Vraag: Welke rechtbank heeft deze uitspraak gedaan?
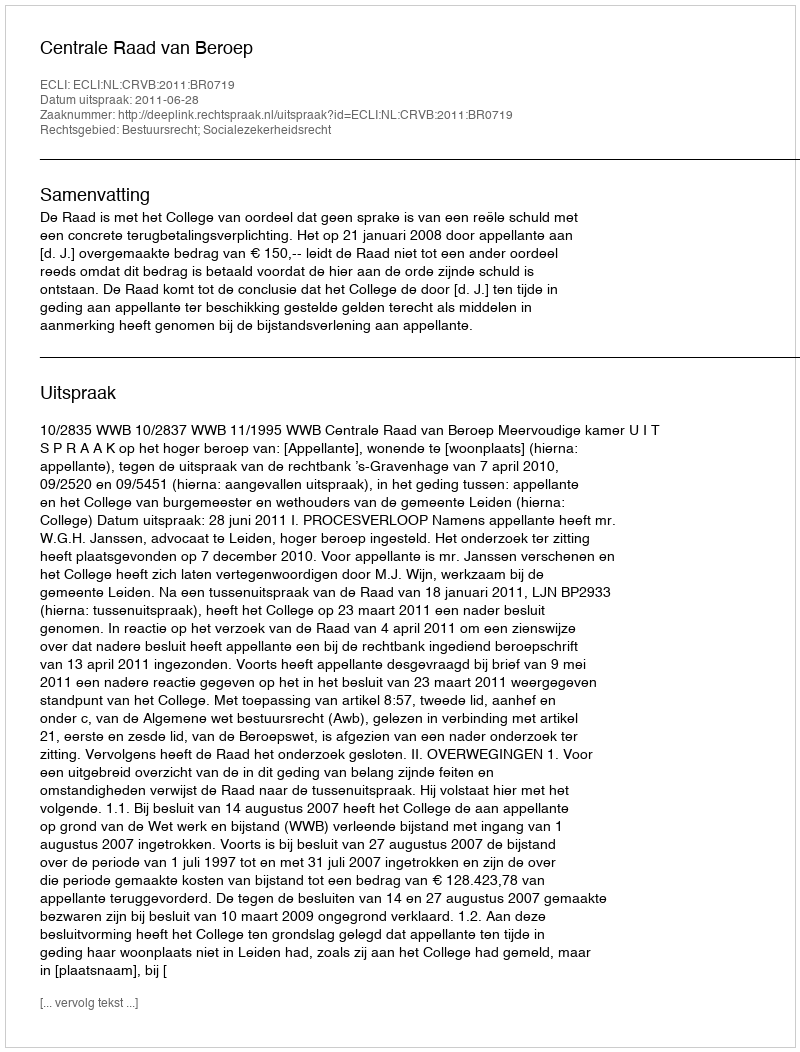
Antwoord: Centrale Raad van Beroep